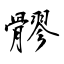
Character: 髎